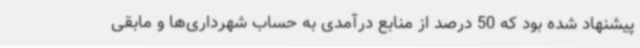
پیشنهاد شده بود که 50 درصد از منابع درآمدی به حساب شهرداری‌ها و مابقی